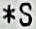
*S